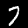
Digit: 7